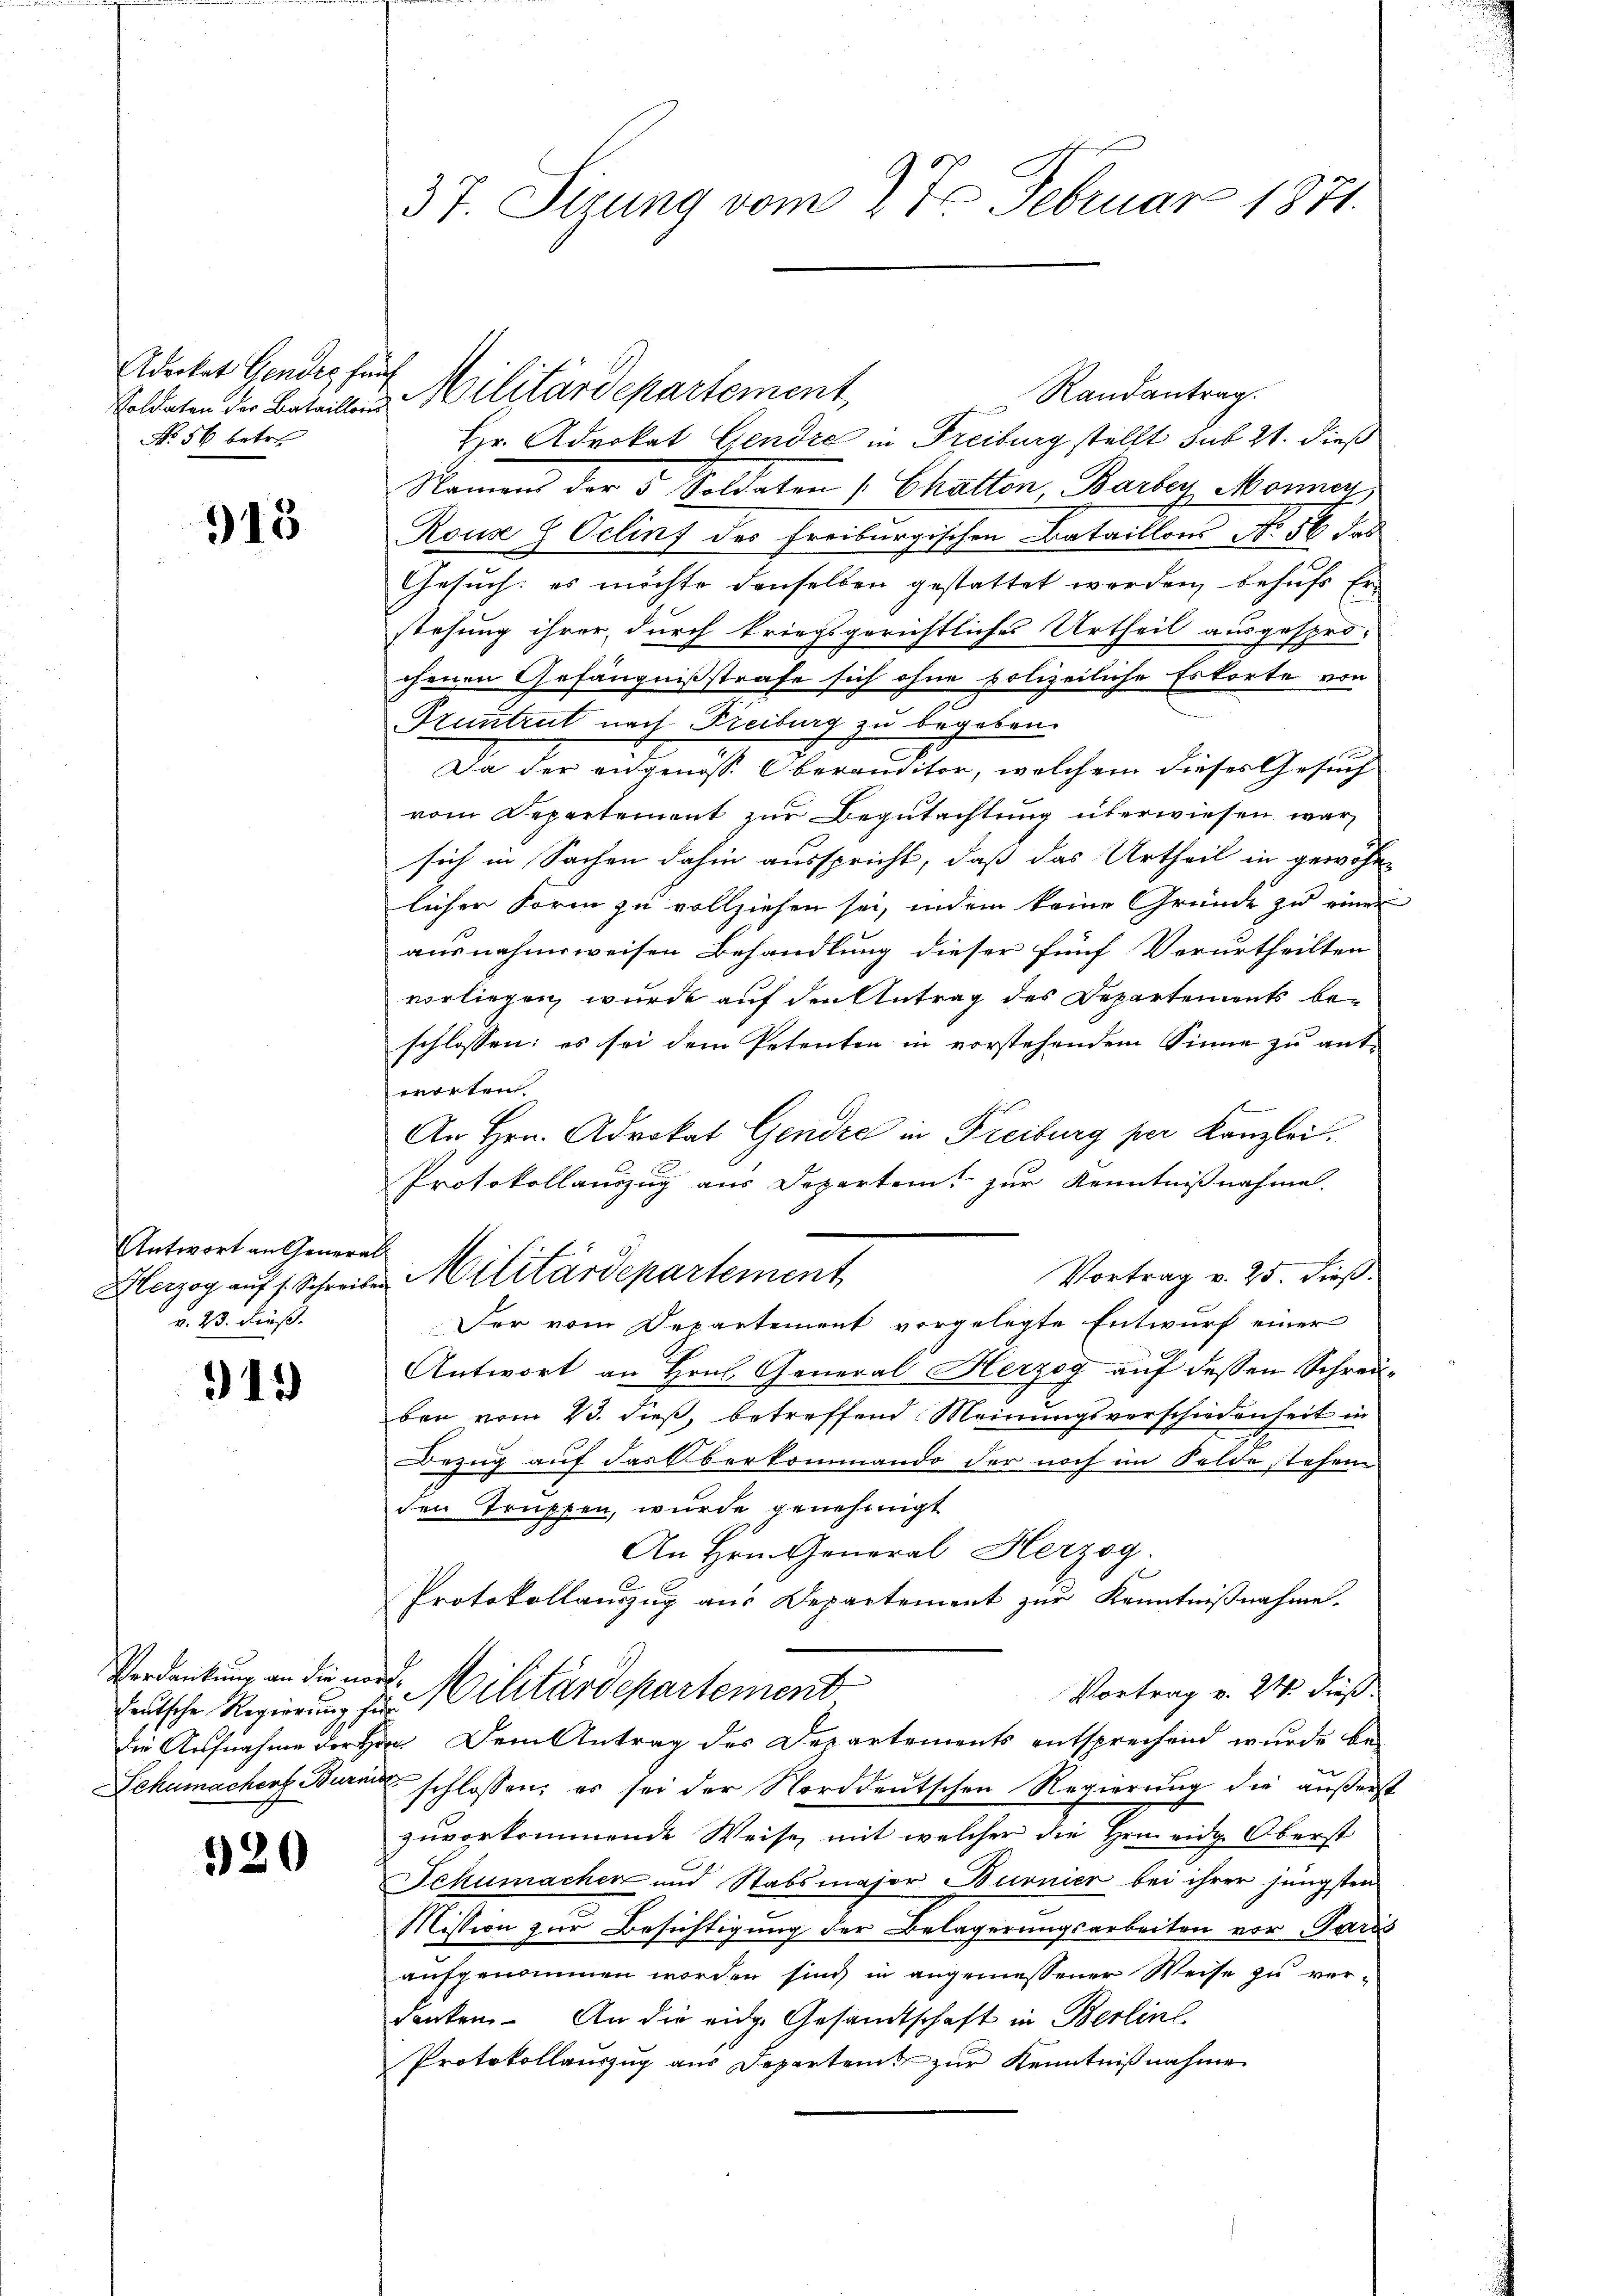
Aderkat Gendes fünf
No 56 betre

915

Antwort an Genera-
u. 23. dieß.

913

teutsche Regierung für

520

37. Sizung vom 27. Februar 1871.

Randantrag.
Hr. Advokat Gendre in Freiburg stellt sub 21. dieß
Namen der 5 Soldaten Chatten Barber, Monner
Rouse 8 Oclinf des Freiburgischen Bataillons No 56 das
Gesuch: es möchte denselben gestattet werden, behufs Erstehung ihrer, durch kriegsgerichtliches Urtheil ausgespro-
chenen Gefängnißstrafe sich ohne polizeiliche Erkorte von
Pruntrut nach Freiburg zu begeben.
Da der eidgenöss. Oberauditor, welchem dieser Gesuch
vom Departement zur Begutachtung überwiesen war
sich in Sachen dahin ausspricht, daß das Urtheil in gewöhnlicher Form zu vollziehen sei, indem keine Gründe zu einer
ausnahmsweisen Behandlung dieser fünf Verurtheilten
vorliegen wurde auf den Antrag des Departements be-
schlossen: es sei dem Petenten in vorstehendem Sinne zu ant-
worten
An Hrn. Advokat Gendre in Freiburg per Kanzlei.
Protokollauszug aus Departeit zur Kenntnißnahme.
f
Vortrag v. 25. dieß.
Herzog auf 1. Schreiben Militärdepartement
Fer vom Departement vorgelegte Entwurf einer
Antwort an Hrn. General Herzog auf dessen Schreiben vom 23. dieß, betreffend Meinungsverschiedenheit in
Bezug auf das Oberkommando der noch im Felde stehen
den Truppen, wurde genehmigt
An Hrn. General Herzog.
Protokollauszug aus Departement zur Kenntnißnahme.
Verdankung an die wird. Militärdepartement
Vortrag v. 24. dieß
die Aufnahme der Hrn. Dem Antrag des Departements entsprechend wurde be-
Lehumachers Burn schlossen; es sei der Norddeutschen Regierung die äußerst
zuvorkommende Weise mit welcher die Hrn. eidg. Oberst
Schumachen und Stabsmajor Burnier bei ihrer jüngsten
Mission zur Besichtigung der Belagerungsarbeiten vor Paris
aufgenommen worden sind, in angemessener Weise zu ver-
denken. An die eidg. Gesandtschaft in Berlin,
Protokollauszug aus Departeit zur Kenntnißnahme

Soldaten der Beteilten Militärdepartement,